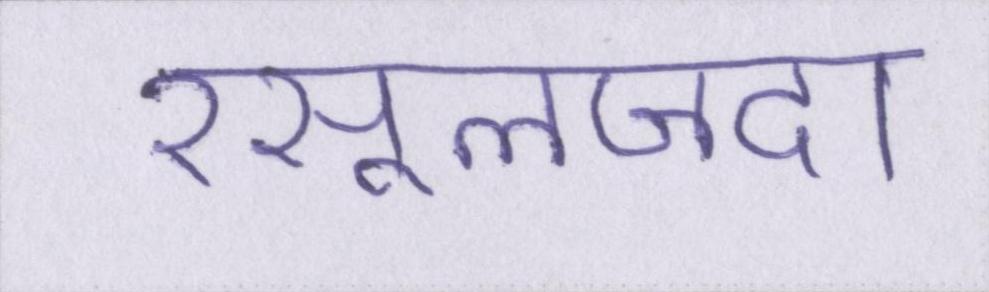
रसूलजदा